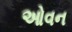
ઓવન